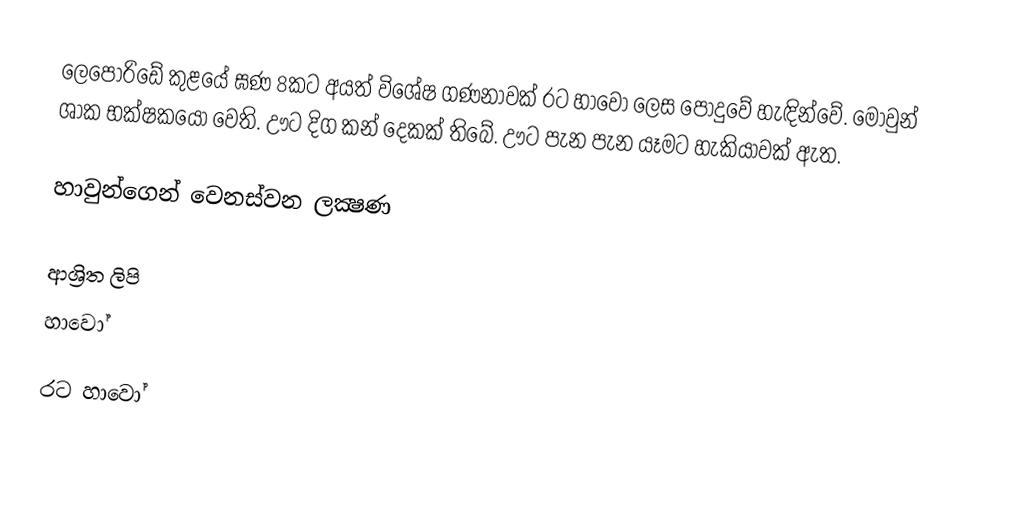
ලෙපොරිඩේ කුළයේ ඝණ 8කට අයත් විශේෂ ගණනාවක් රට හාවෝ ලෙස පොදුවේ හැඳින්වේ. මොවුන් ශාක භක්ෂකයෝ වෙති. ඌට දිග කන් දෙකක් තිබේ. ඌට පැන පැන යෑමට හැකියාවක් ඇත.

හාවුන්ගෙන් වෙනස්වන ලක්‍ෂණ

ආශ්‍රිත ලිපි
 හාවෝ

රට හාවෝ